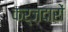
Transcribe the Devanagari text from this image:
कर्ज़दारों